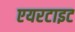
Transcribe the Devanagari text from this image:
एयरटाइट